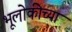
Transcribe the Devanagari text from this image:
भूलोकीच्या